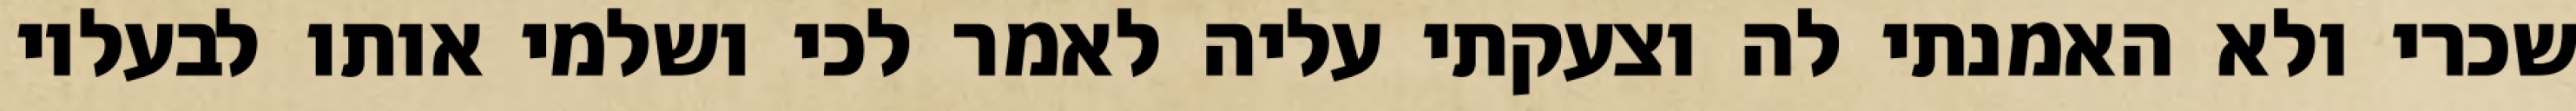
שכרי ולא האמנתי לה וצעקתי עליה לאמר לכי ושלמי אותו לבעליו